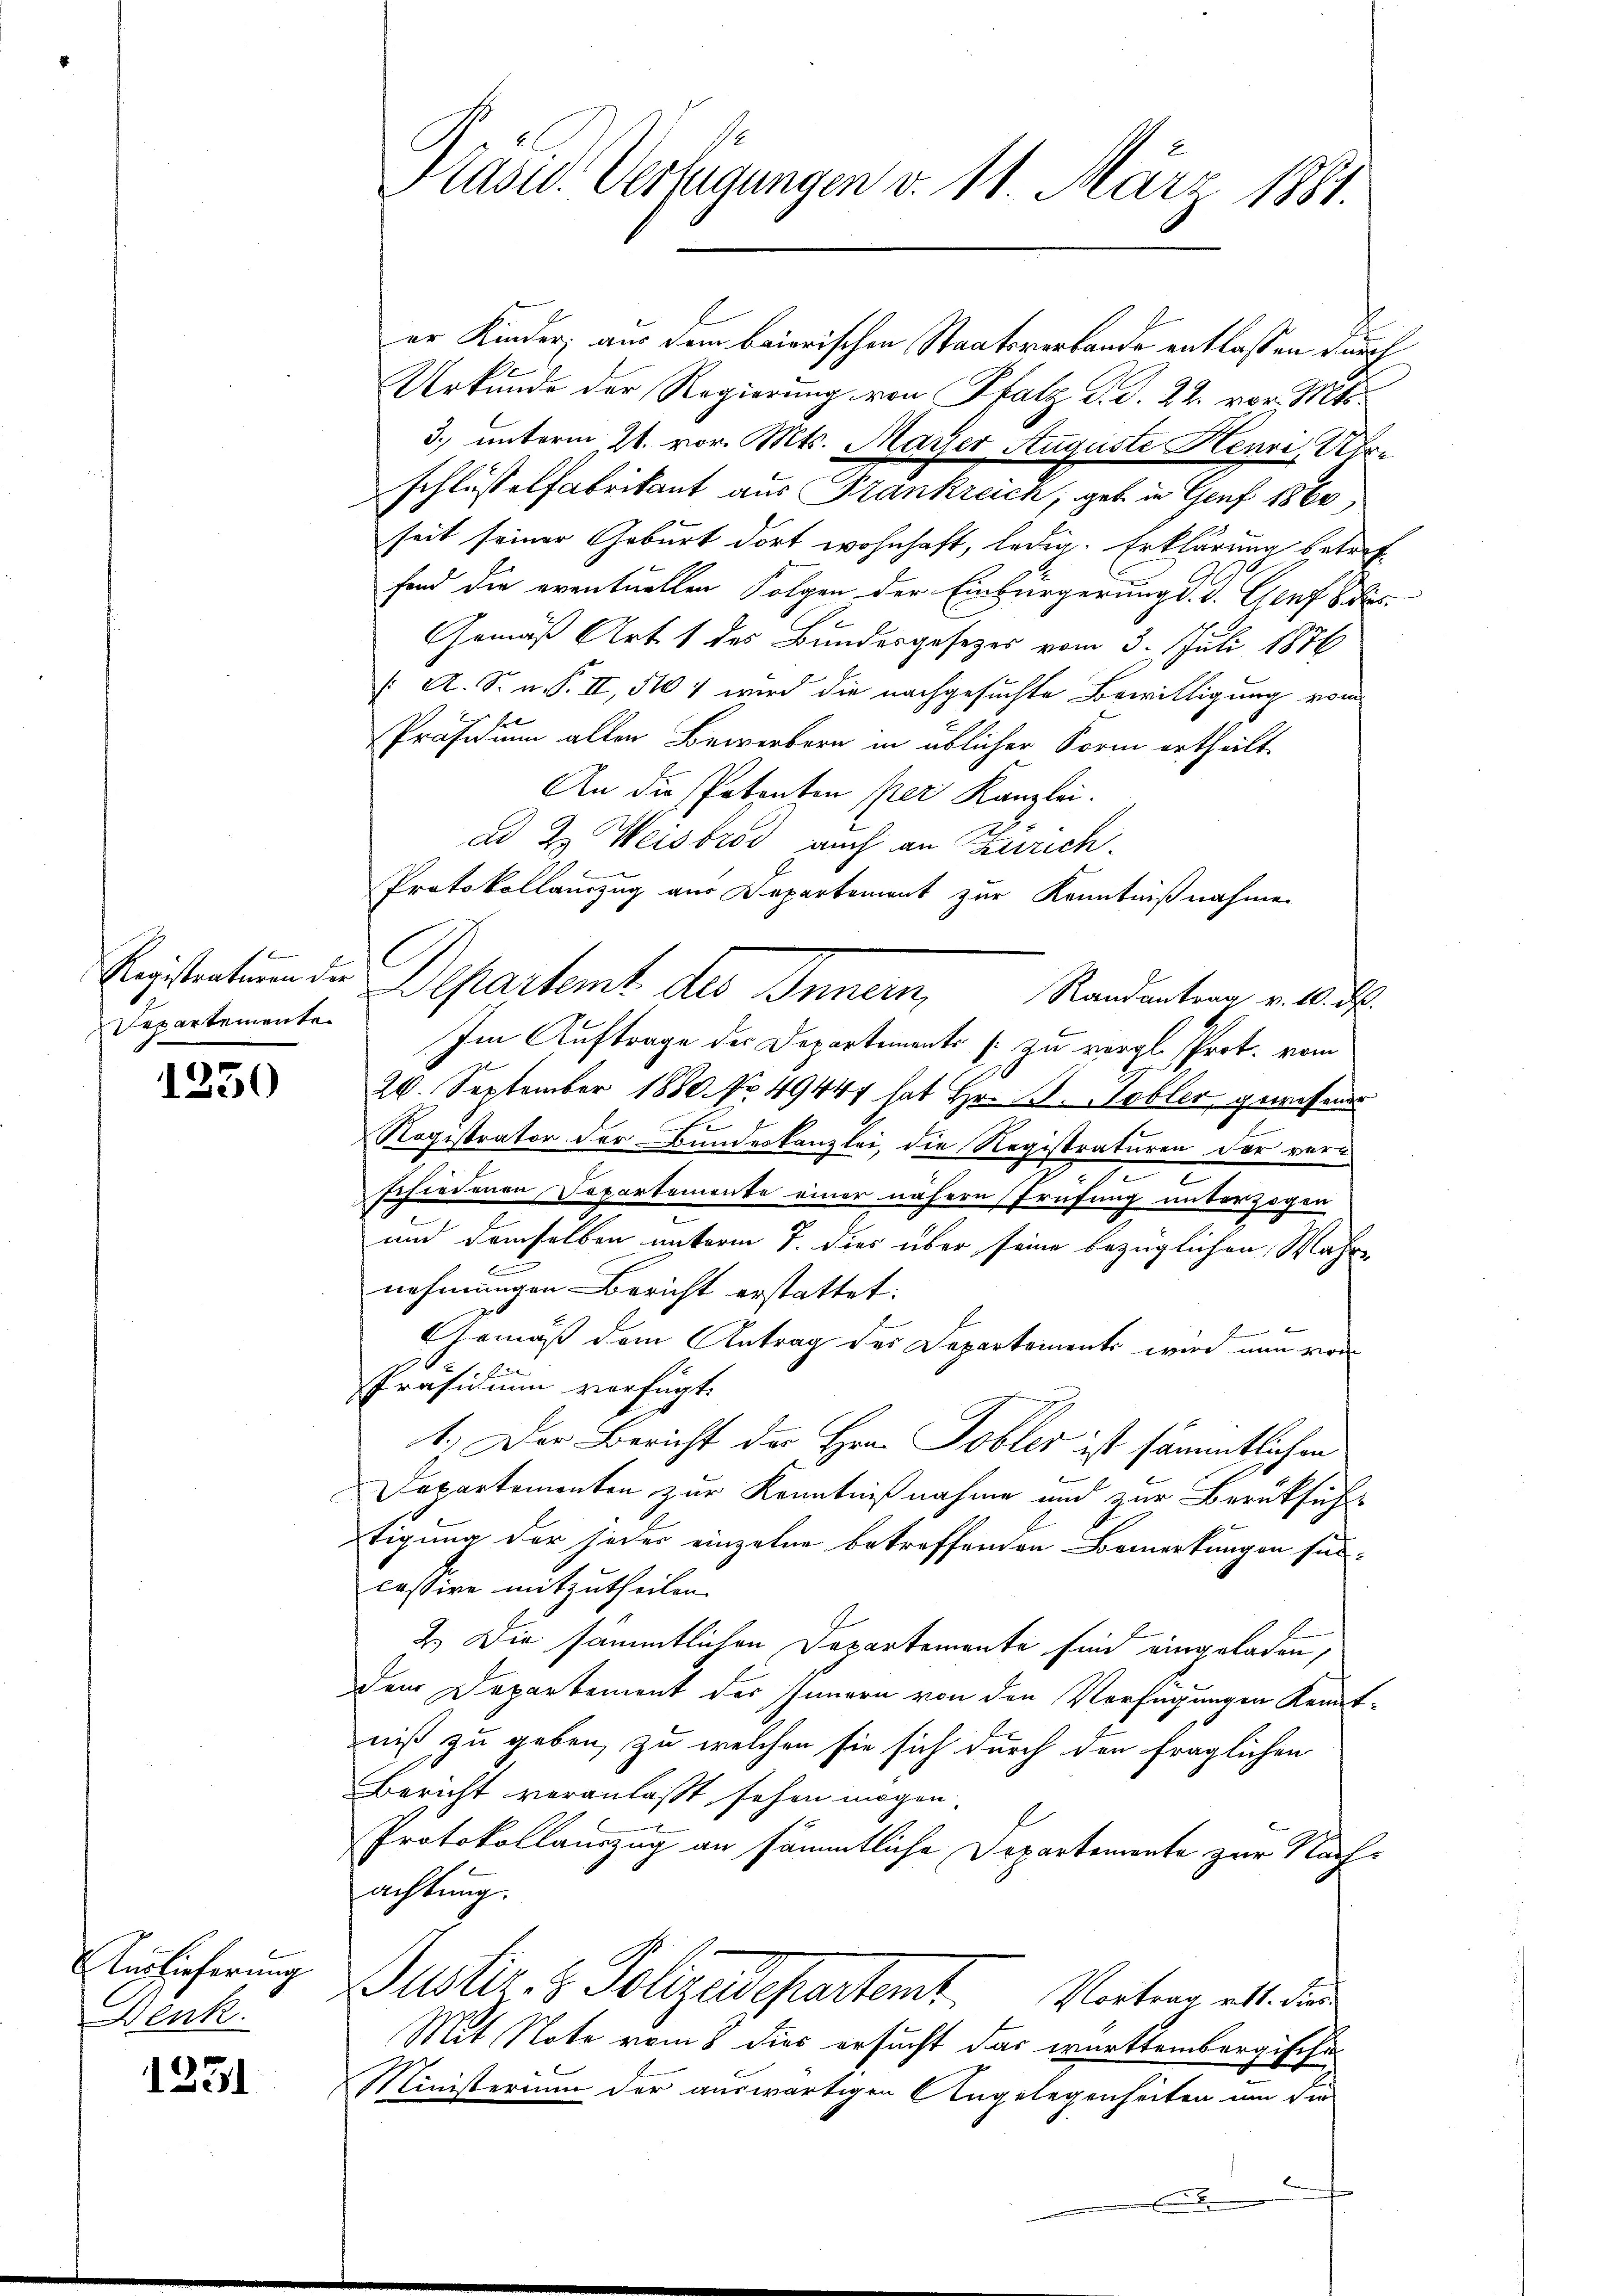
Registraturen der
Departemente

1250

Auslieferung
Denk

1231

er Kinder; aus dem baierischen Staatsverlande entlassen durch
Urkunde der Regierung von Pfalz d. d. 22. vor. Mts.
3.) unterm 21. vor. Mts. Mayser Auguste Henri, Urschlüssel fabrikant aus Frankreich, geb. in Genf 1860,
seit seiner Geburt dort wohnhaft, ledig. Erklärung betref
fond die eventuellen Folgen der Einbürgerung d. d. Genf bis
Gemäß Art. 1 des Bundesgesezes vom 3. Juli 1876
( A. S. n. F. II, 510 7 wird die nachgesuchte Bewilligung vom
Präsidium aller Bewerbern in üblicher Form ertheilt.
An die Petenten per Kanzlei.
ad 2. Weisbrod auch an Zürich.
Protokollauszug aus Departement zur Kenntnißnahmen
C
Departemt des Innern, Standenten u. d
Im Auftrage der Departements zu vergl. Prot. vom
20. September 1880. No. 49447 hat Hr. B. Tobler gewesens
t
Registrator der Bundeskanzlei, die Registraturen der verd
schiedenen Departemente einer nähere Prüfung unterzogen
und demselben unterm 7. dies über seine bezüglichen Wahre
nehmungen Bericht erstattet.

Gemäß dem Antrag des Departements wird nun von
e
Präsidium verfügt:
1.) Der Bericht der Hrn. Tobler ist sämmtlichen
Departementen zur Kenntnißnahme und zur Berüksich
tigung der jeder einzelne betreffenden Bemerkungen suc-
cassive mitzutheilen.
2.) Die sämmtlichen Departemente sind eingeladen,
dem Departement des Innern von den Verfügungen Kenntniß zu geben, zu welchen sie sich durch den fraglichen
Bericht veranlasst sehen mögen.
Protokollauszug an sämmtliche Departemente zur Nachachtung.
Justiz- & Polizeidepartent Verter alt die
Mit Note vom 8 dies ersucht das württembergischen
Ministerium der auswärtigen Angelegenheiten um die
¬

Präsid. Verfügungen v. 11. März 1881.